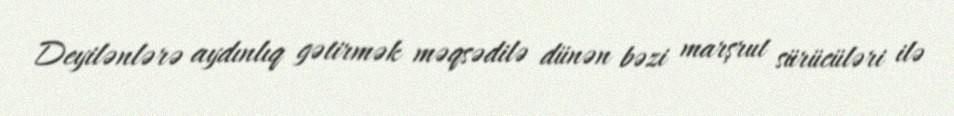
Deyilənlərə aydınlıq gətirmək məqsədilə dünən bəzi marşrut sürücüləri ilə